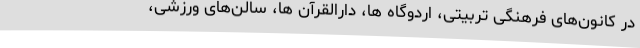
در کانون‌های فرهنگی تربیتی، اردوگاه ها، دارالقرآن ها، سالن‌های ورزشی،